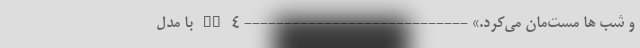
و شب ها مست‌مان می‌کرد.» ---------------------------- DS 4 با مدل